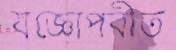
যজ্ঞোপবীত